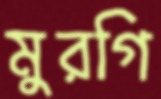
মুরগি